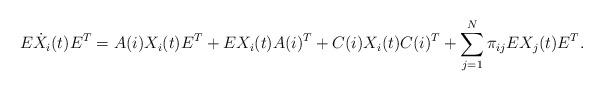
LaTeX: \begin{align*}E\dot X_i(t)E^T=A(i)X_i(t)E^T+EX_i(t)A(i)^T+C(i)X_i(t)C(i)^T+\sum_{j=1}^{N}\pi_{ij}EX_j(t)E^T.\end{align*}